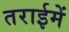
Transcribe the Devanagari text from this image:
तराईमें